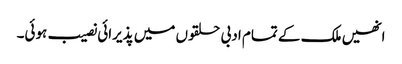
انھیں ملک کے تمام ادبی حلقوں میں پذیرائی نصیب ہوئی۔